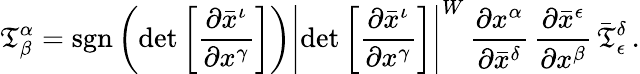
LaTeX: {\mathfrak{T}}_{\beta}^{\alpha}=\operatorname{sgn}\left(\operatorname*{det}{\left[{\frac{\partial{\bar{x}}^{\iota}}{\partial{x}^{\gamma}}}\right]}\right)\left\vert\operatorname*{det}{\left[{\frac{\partial{\bar{x}}^{\iota}}{\partial{x}^{\gamma}}}\right]}\right\vert^{W}\, {\frac{\partial{x}^{\alpha}}{\partial{\bar{x}}^{\delta}}}\, {\frac{\partial{\bar{x}}^{\epsilon}}{\partial{x}^{\beta}}}\, {\bar{\mathfrak{T}}}_{\epsilon}^{\delta}\, .